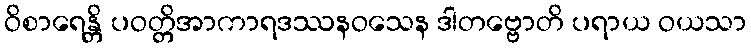
ဝိစာရေန္တိ ပဝတ္တိအာကာရဒဿနဝသေန ဒါတဗ္ဗောတိ ပရာယ ဝယသာ